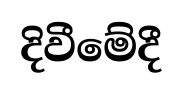
දිවීමේදී